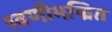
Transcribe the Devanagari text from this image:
स्वणीमण्रित